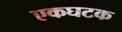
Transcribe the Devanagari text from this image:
एकघटक